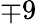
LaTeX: \mp 9